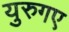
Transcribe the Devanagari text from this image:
युरुगए